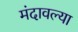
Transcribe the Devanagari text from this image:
मंदावल्या